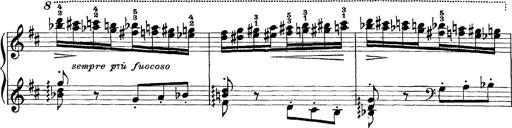
Title: Scherzo und Marsch
Composer: Franz Liszt